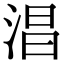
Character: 淐